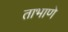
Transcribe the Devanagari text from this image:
ताभाणे